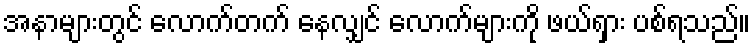
အနာများတွင် လောက်တက် နေလျှင် လောက်များကို ဖယ်ရှား ပစ်ရသည်။